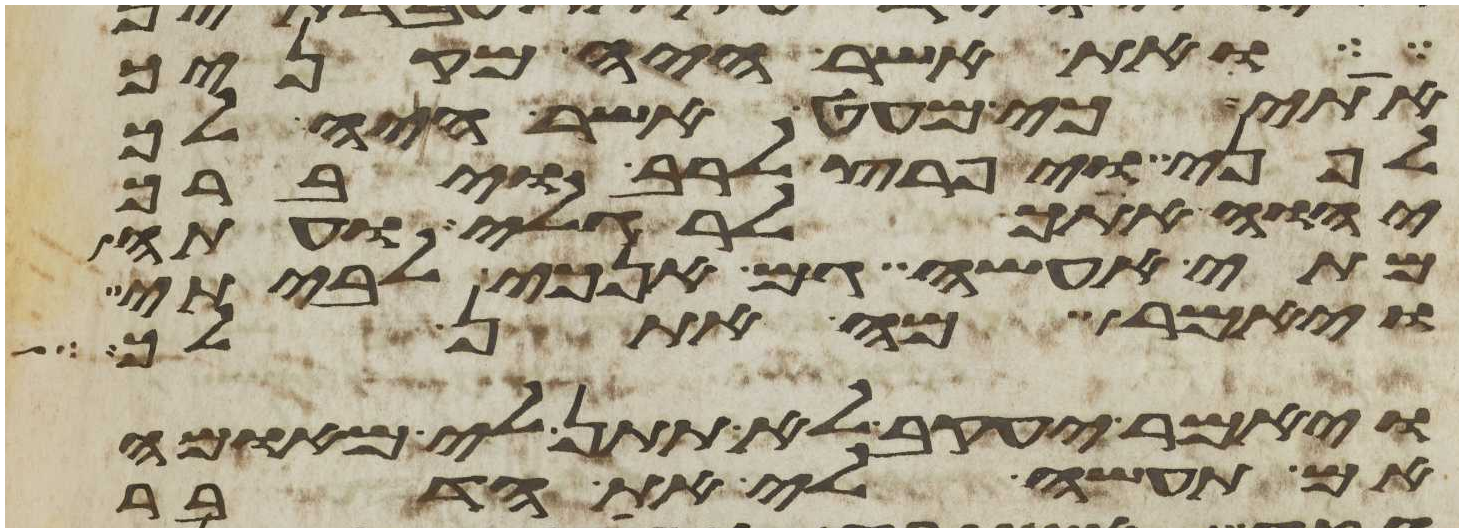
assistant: ואת אשר היה מקניך
אתי כי מעט אשר היה לך
לפני ויפרץ לרב ויברך
יהוה אתך לרגלי ועתה
מתי אעשה גם אנכי לביתי
ויאמר מה אתן לך
ויאמר יעקב לא תתן לי מאומה
אם תעשה לי את הדבר